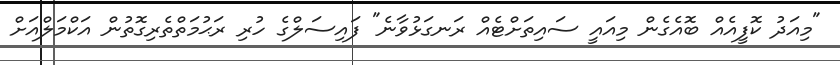
"މިއަދު ކޮފީއެއް ބޮއެގެން މިއައީ ސައިތަށްޓެއް ރަނގަޅުވާނެ" ފައިސަލްގެ ހުރި ރަޙުމަތްތެރިގޮތުން އަކްމަލްއަށް